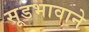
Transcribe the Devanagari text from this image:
सूडभावाने